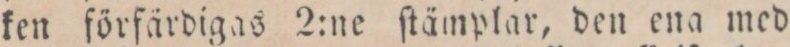
ken förfärdigas 2:ne ſtämplar, den ena med